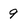
Character: 9